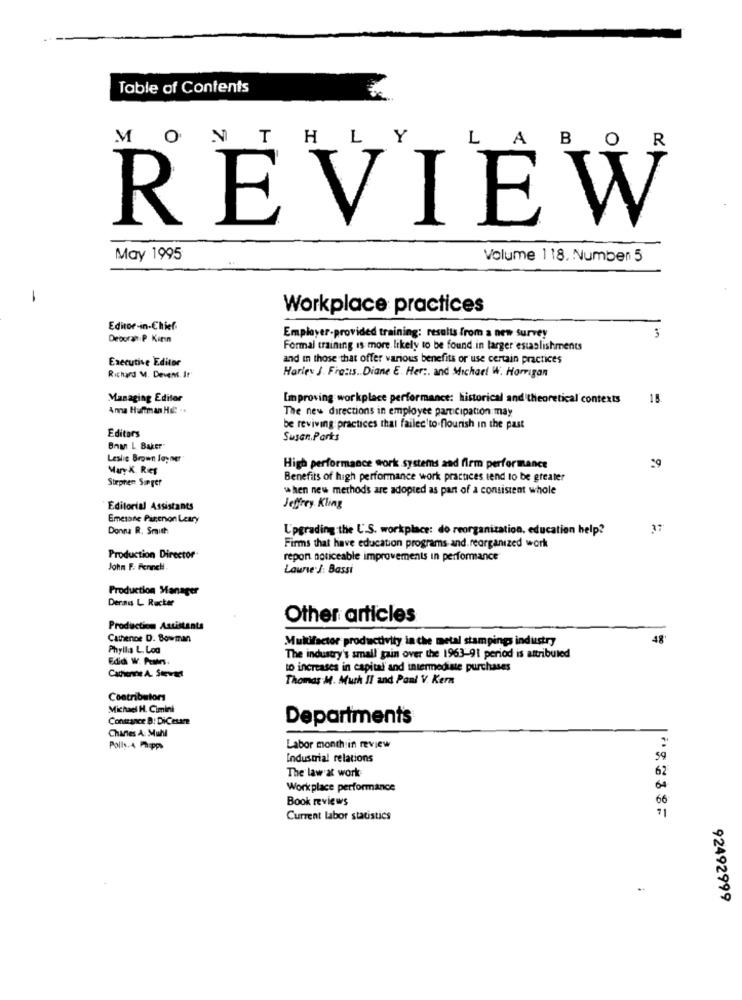
Table of Contents
MO
N TH
LY
LAI
REVIEW
May 1995
Volume 118, Numben 5
-
Workplace practices
Editor-in-Chief
Deborah P Kızın
Employer-provided training: results from a new survey
3
Formal training is more likely to be found in larger establishments
Executive Editor
and in those that offer various benefits or use certain practices
Richard M. Devens. Ir
Harley J. Frazis .. Diane E. Her :. and Michael W. Harrigan
Managing Editor
Improving workplace performance: historical and theoretical contexts
18
Ana Huffman Hd: ..
The new directions in employee participation may
be reviving practices that failed to.flourish in the past
Editars
Susan.Parks
Bnan L Baker
Leslie Brown lay ner
Mary K. Ret
High performance work.systems and firm performance
Stephen Singer
Benefits of high performance work practices send to be greater
when new methods are adopted as part of a consistent whole
Editorial Assistants
Jeffrey Kling
Emetane Parenon Leary
Donna R. Smut:
Upgrading the U.S. workplace: do reorganization, education help?
37
Firms that have education programs and.reorganized work
Production Director
repon noticeable improvements in performance
John F. Fennell
Laure J: Bassi
Production Manager
Deraus L Rucker
Other articles
Production Assistants
Cathence D. Bowman
Multifactor productivity in the metal stampings industry
48
Phyllis L. Log
Edici W. Prins
The industry's small gain over the 1963-91 period is attributed
to increases in capital and intermediate purchases
Cachienne A. Stewart
Thomas M. Much II and Ponl V. Kern
Contributors
Michael H. Cimini
Constance B: DiCesare
Charles A: Muhl
Departments
Pollo 4 Phipps
Labor month in review
Industrial relations
59
62
The law at work
Workplace performance
64
Book reviews
66
11
Current labor statistics
92492999